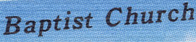
Baptist Church